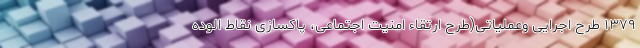
۱۳۷۹ طرح اجرایی وعملیاتی(طرح ارتقاء امنیت اجتماعی، پاکسازی نقاط الوده